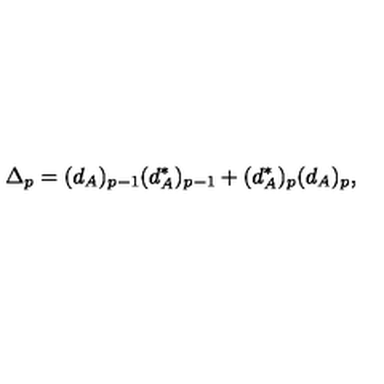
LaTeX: \Delta _ { p } = ( d _ { A } ) _ { p - 1 } ( d _ { A } ^ { * } ) _ { p - 1 } + ( d _ { A } ^ { * } ) _ { p } ( d _ { A } ) _ { p } ,